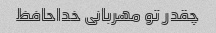
چقدر تو مهربانی خداحافظ